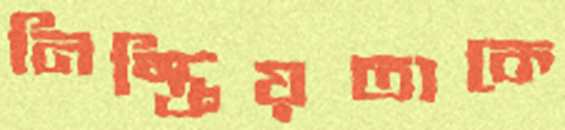
নিস্ক্রিয়তাকে